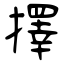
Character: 擇